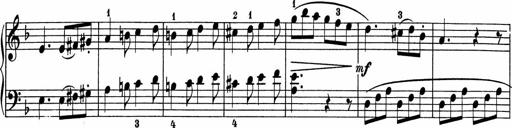
Title: 5 Sonatinen fÃ¼r die Jugend
Composer: Carl Reinecke